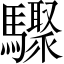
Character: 驟